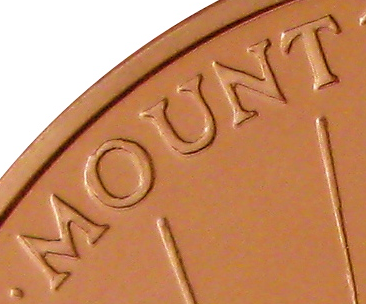
MOUNT